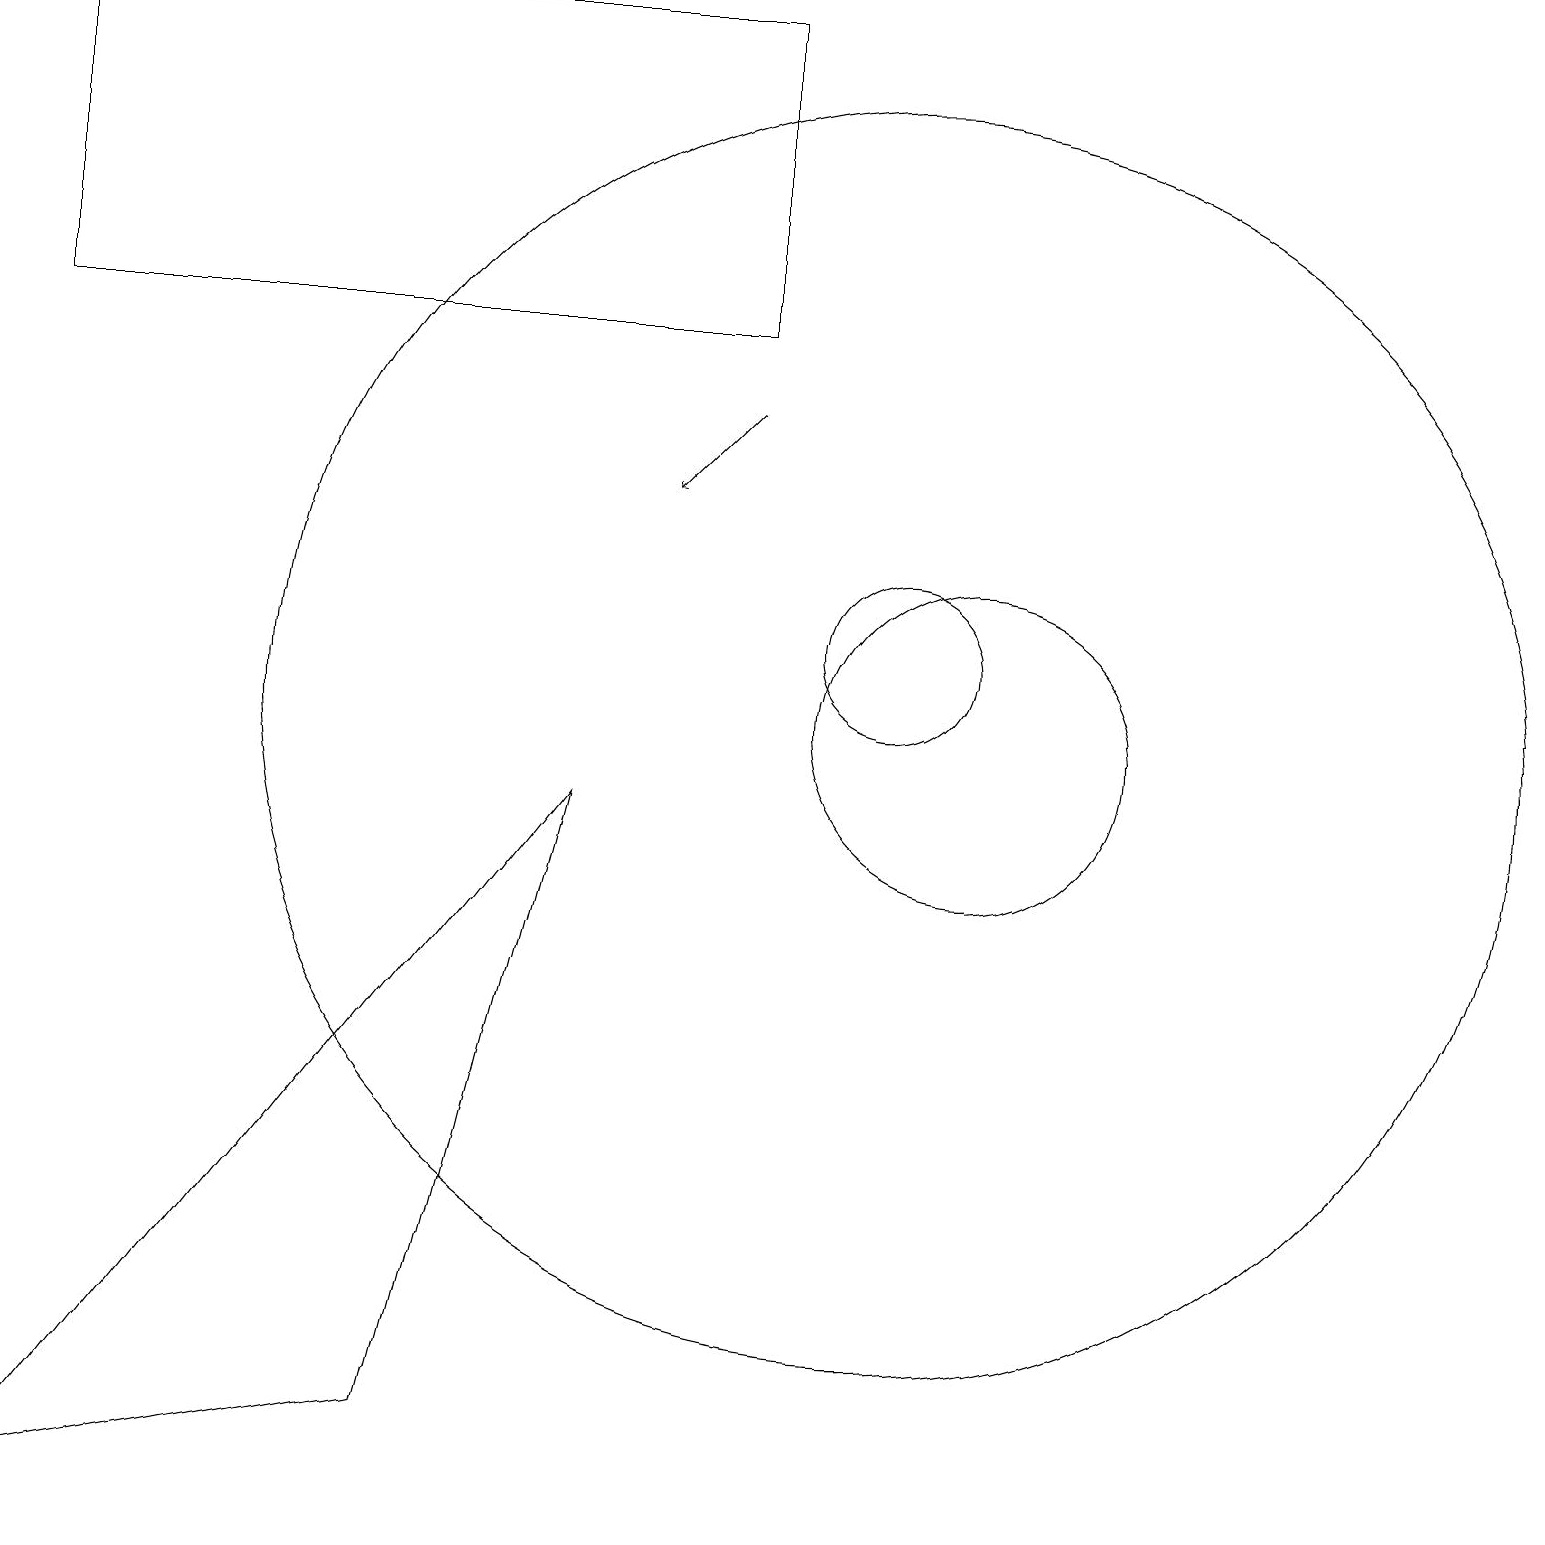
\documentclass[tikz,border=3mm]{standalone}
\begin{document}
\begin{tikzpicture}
\draw (11,10) circle (8);
\draw (5,1) -- (0,0) -- (7,9) -- cycle;
\draw (0,19) rectangle (9,15);
\draw (11,11) circle (1);
\draw[->] (9,14) -- (8,13);
\draw (12,10) circle (2);
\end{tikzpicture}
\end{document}